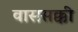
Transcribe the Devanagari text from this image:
वाससक्की